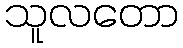
သူလတော